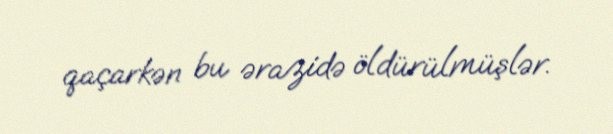
qaçarkən bu ərazidə öldürülmüşlər.